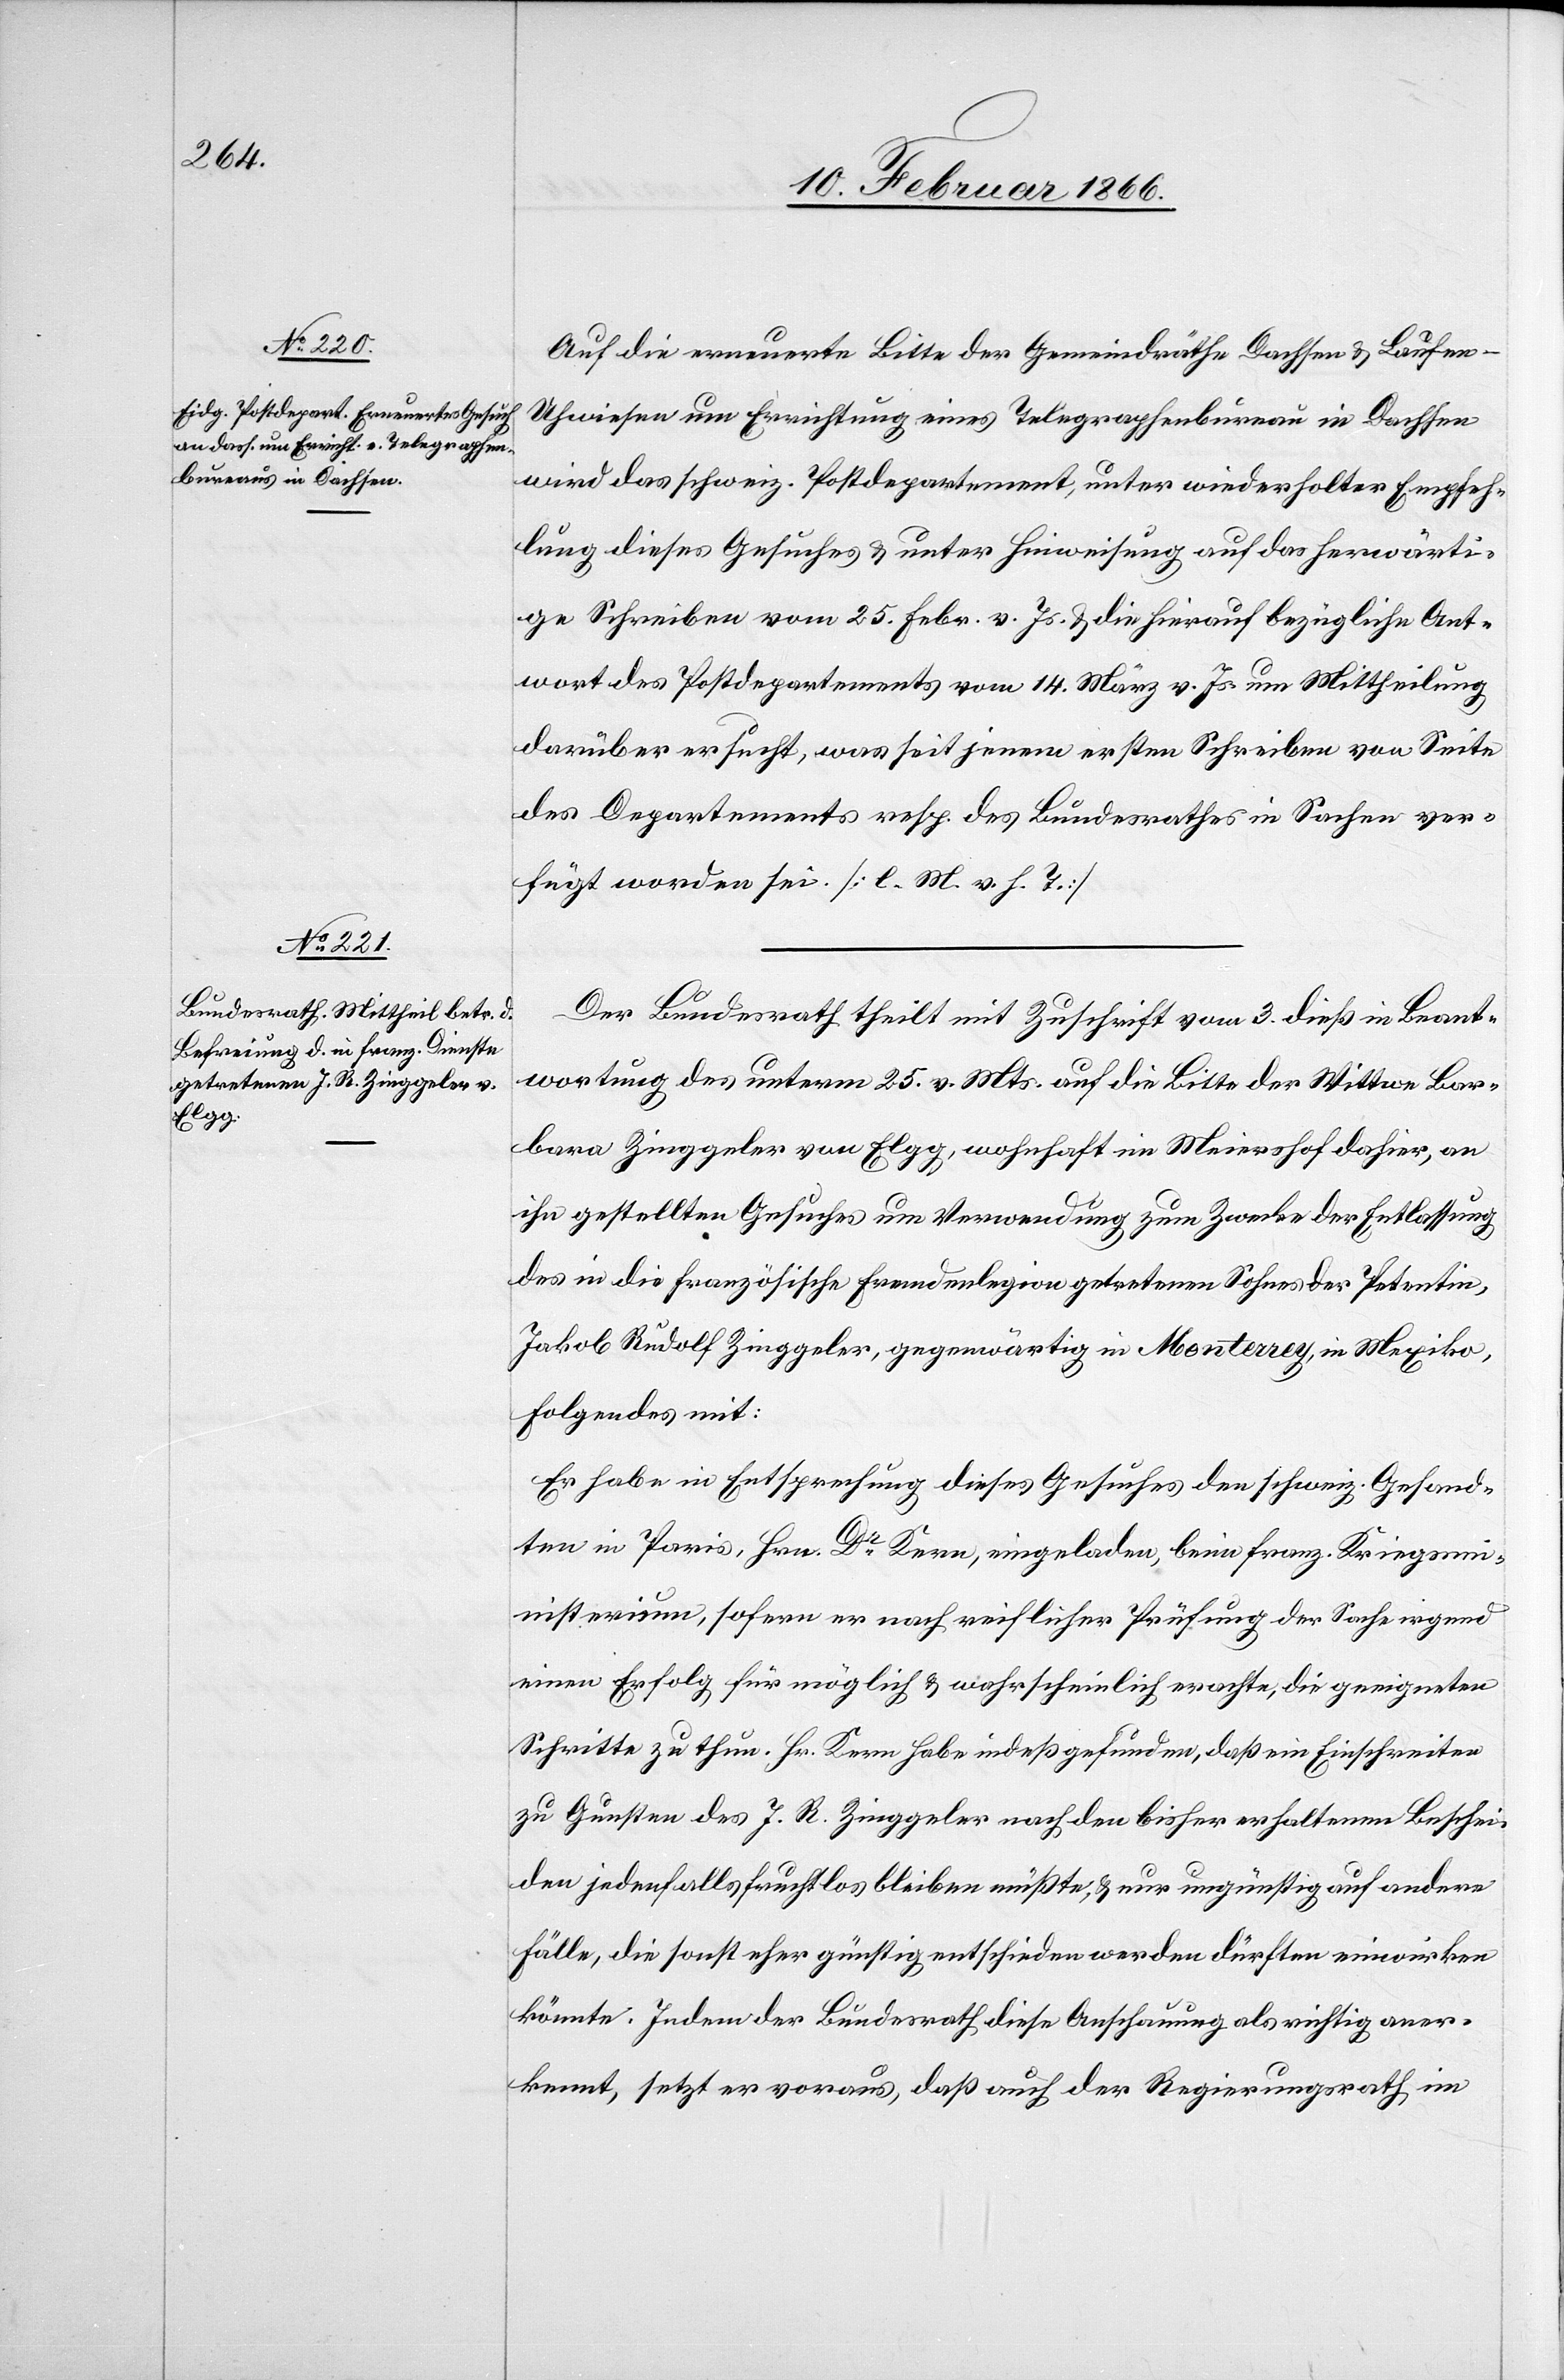
Auf die erneuerte Bitte der Gemeindräthe Dachsen u. Laufen–U¬
hwiesen um Errichtung eines Telegraphenbureaus in Dachsen
wird das schweiz. Postdepartement, unter wiederholter Empfeh¬
lung dieses Gesuches u. unter Hinweisung auf das herwärti¬
ge Schreiben vom 25. Febr. v. Js. u. die hierauf bezügliche Ant¬
wort des Postdepartements vom 14. März. v. Js. um Mittheilung
darüber ersucht, was seit jenem ersten Schreiben von Seite
des Departements resp. des Bundesrathes in Sachen ver¬
fügt worden sei. [l. M. v. h. T.]
Der Bundesrath theilt mit Zuschrift vom 3. dieß in Beant¬
wortung des unterm 25. v. Mts. auf die Bitte der Wittwe Bar¬
bara Zinggeler von Elgg, wohnhaft in Meiershof dahier, an
ihn gestellten Gesuches um Verwendung zum Zwecke der Entlassung
des in die französische Fremdenlegion getretenen Sohnes der Petentin,
Jakob Rudolf Zinggeler, gegenwärtig in Monterrey, in Mexiko,
folgendes mit:
Er habe in Entsprechung dieses Gesuches den schweiz. Gesand¬
ten in Paris, Hrn. Dr. Kern, eingeladen, beim franz. Kriegsm¬
inisterium, sofern er nach richtiger Prüfung der Sache irgend
einen Erfolg für möglich u. wahrscheinlich erachte, die geeigneten
Schritte zu thun. Hr. Kern habe indeß gefunden, daß ein Einschreiten
zu Gunsten des J. R. Zinggeler nach den bisher erhaltenen Beschei¬
den jedenfalls fruchtlos bleiben müßte u. nur ungünstig auf andere
Fälle, die sonst eher günstig entschieden werden dürften einwirken
könnte. Indem der Bundesrath diese Anschauung als richtig aner¬
kennt, setzt er voraus, daß auch der Regierungsrath im